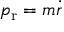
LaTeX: p _ { \mathrm { r } } = m { \dot { r } }